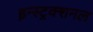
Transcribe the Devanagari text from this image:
इन्स्ट्रक्शनल